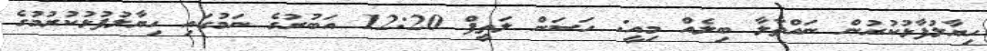
ހިޔާލުފާޅުކުރުން ނައްތާލާ ބިލެއް މިއީ: ހަސަން ލަތީފް 12:20 އަބުރުގެ ނަމުގައި ހިޔާލުފުޅުކުރުމުގެ